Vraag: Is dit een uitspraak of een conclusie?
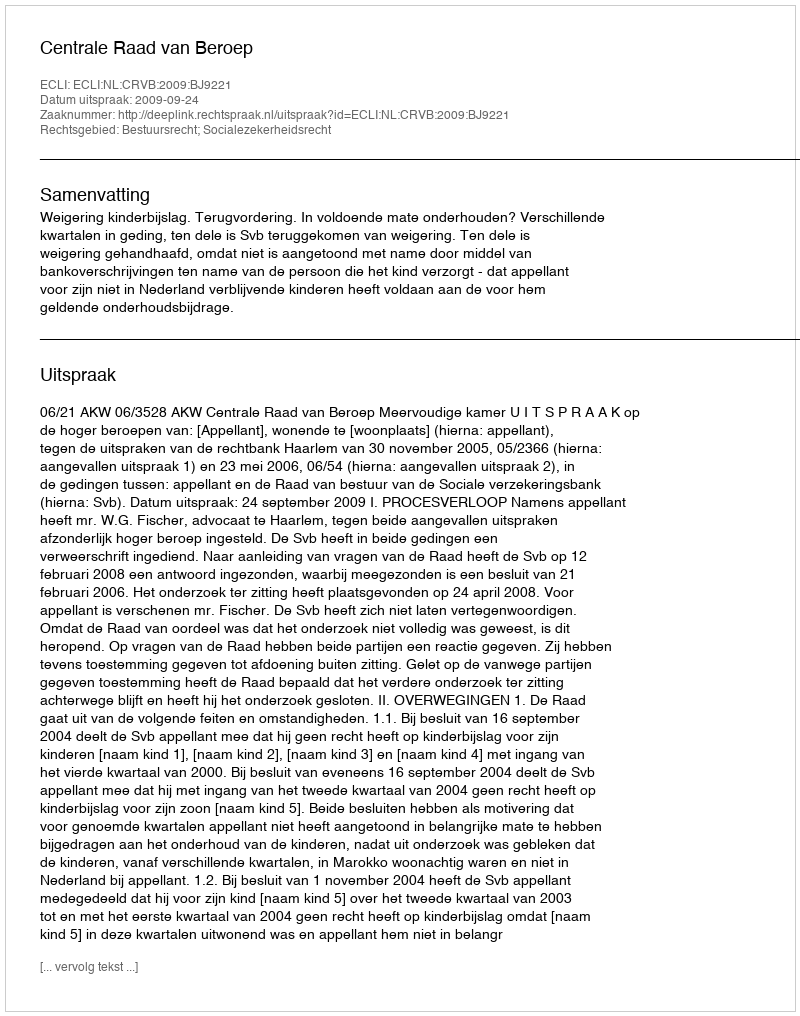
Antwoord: Uitspraak